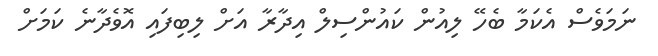
ނަމަވެސް އެކަމާ ބެހޭ ލިއުން ކައުންސިލް އިދާރާ އަށް ލިބިފައި އޮވެދާނެ ކަމަށް